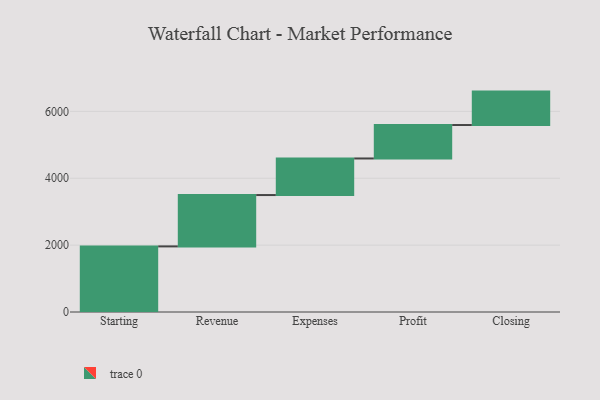
{"axis": {"x": "Step", "y": "Value"}, "legend": [""], "data": [{"x": "Starting", "y": 1962.0, "type": ""}, {"x": "Revenue", "y": 1536.0, "type": ""}, {"x": "Expenses", "y": 1094.0, "type": ""}, {"x": "Profit", "y": 1000, "type": ""}, {"x": "Closing", "y": 1000, "type": ""}]}